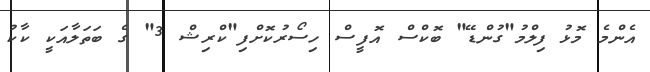
އެންމެ މޮޅު ފިލްމު"ގުންޑޭ" ބޮކްސް އޮފީސް ހިސޯރުކޮށްފި"ކްރިޝް 3" ގެ ބަތަލާއަކީ ކާކު